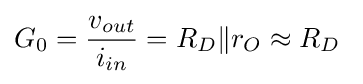
G_{0}={\frac {v_{out}}{i_{in}}}=R_{D}\|r_{O}\approx R_{D}\